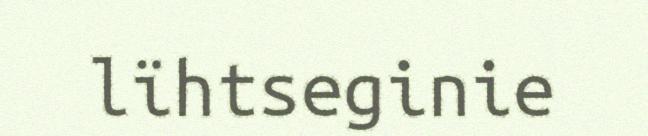
lïhtseginie